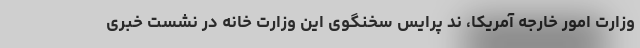
وزارت امور خارجه آمریکا، ند پرایس سخنگوی این وزارت خانه در نشست خبری